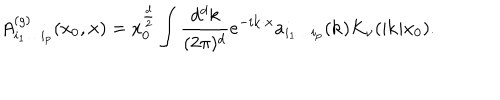
A _ { i _ { 1 } \ldots i _ { p } } ^ { ( g ) } ( x _ { 0 } , { \bf x } ) = x _ { 0 } ^ { \frac { d } { 2 } } \int { \frac { d ^ { d } k } { ( 2 \pi ) ^ { d } } } e ^ { - i { \bf k } \cdot { \bf x } } a _ { i _ { 1 } \ldots i _ { p } } ( { \bf k } ) K _ { \nu } ( | { \bf k } | x _ { 0 } ) .